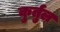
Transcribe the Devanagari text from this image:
कुर्तुल